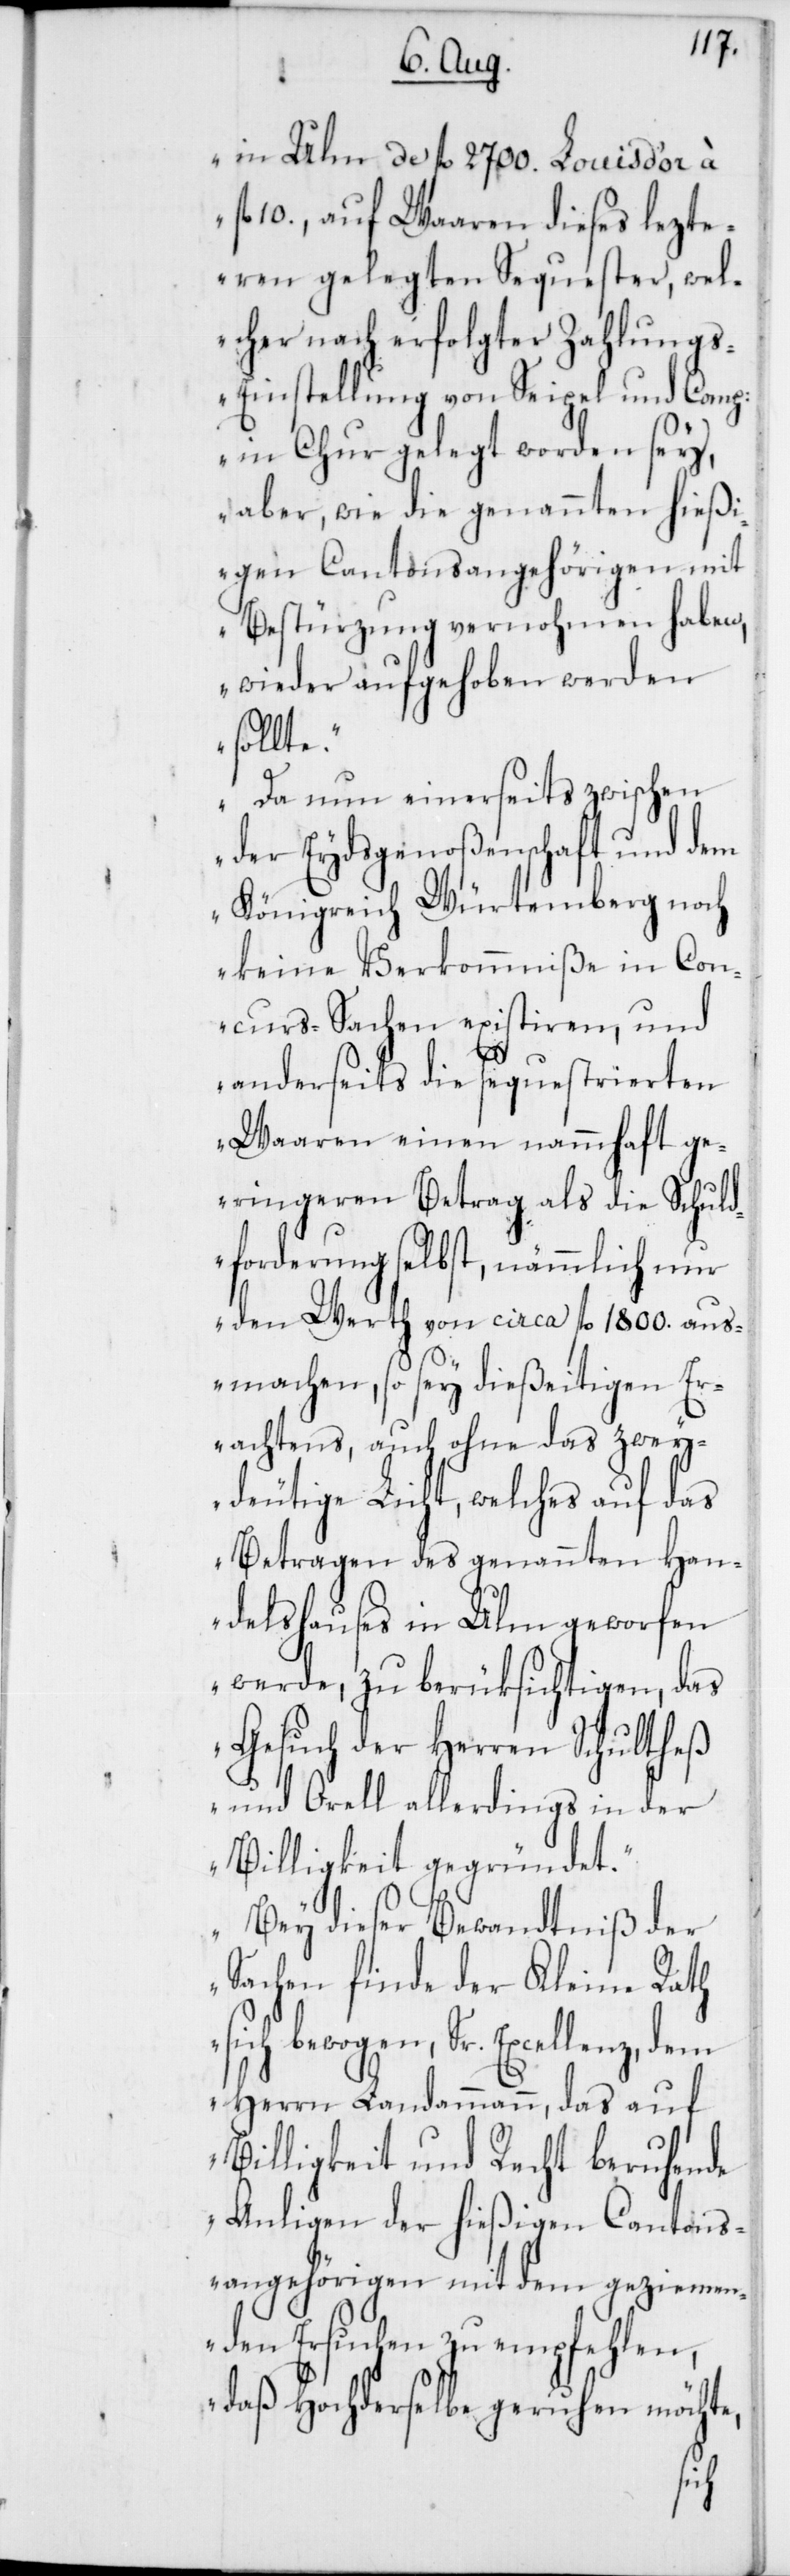
in Ulm de fl. 2700., Louis d’or à
fl. 10., auf Waaren dieses lezt¬
eren gelegten Sequester, wel¬
cher nach erfolgter Zahlung¬
s-Einstellung von Seigel und Compa¬
in Chur gelegt worden sey,
aber, wie die genannten hießi¬
gen Cantonsangehörigen mit
Bestürzung vernohmen haben,
wieder aufgehoben werden
sollte.
Da nun einerseits zwischen
der Eydsgenoßenschaft und dem
Königreich Würtemberg noch
keine Verkommniße in Con¬
curs-Sachen existiren, und
anderseits die sequestrierten
Waaren einen nammhaft ge¬
ringeren Betrag als die Schuld¬
forderung selbst, nämmlich nur
den Wert von circa fl. 1800. aus¬
machen, so sey dießeitigen Er¬
achtens, auch ohne das zwey¬
deutige Licht, welches auf das
Betragen des genannten Han¬
delshauses in Ulm geworfen
werde, zu berüksichtigen, das
Gesuch des Herren Schultheß
und Orell allerdings in der
Billigkeit gegründet.
Bey dieser Bewandtniß der
Sachen finde der Kleine Rath
sich bewogen, Sr. Excellenz,
Herrn Landammann, das auf
Billigkeit und Recht beruhende
Anligen der hießigen Cantons¬
angehörigen mit dem geziemen¬
den Ersuchen zu empfehlen,
daß Hochderselbe geruhen möchte,
gnie